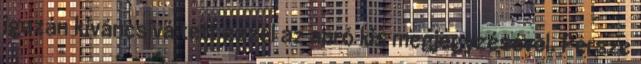
igazán kíváncsivá tett ezzel az apró kis megjegyzésével. Persze